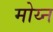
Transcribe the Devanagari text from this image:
मोय्न